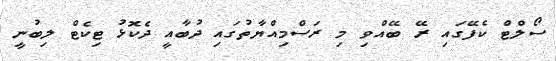
ސޯލްޓް ކެފޭގައި ރޭ ބޭއްވި މި ރަސްމިއްޔާތުގައި ދުބާއީ ދެކޮޅު ޓިކެޓް ލިބުނީ